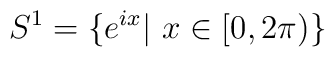
S^{1}=\{e^{ix}\vert \, \, x\in [0,2\pi )\}